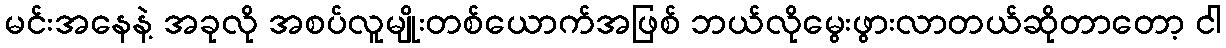
မင်းအနေနဲ့ အခုလို အစပ်လူမျိုးတစ်ယောက်အဖြစ် ဘယ်လိုမွေးဖွားလာတယ်ဆိုတာတော့ ငါ